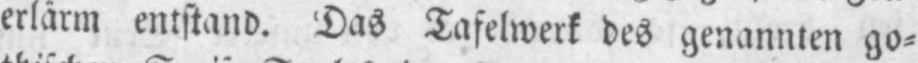
erlärm entstand. Das Tafelwerk des genannten go⸗